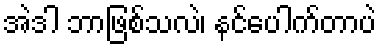
အဲဒါ ဘာဖြစ်သလဲ၊ နင်ပေါက်တာပဲ